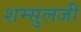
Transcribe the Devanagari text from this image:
शम्सुलजी